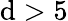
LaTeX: \mathrm{d}>5